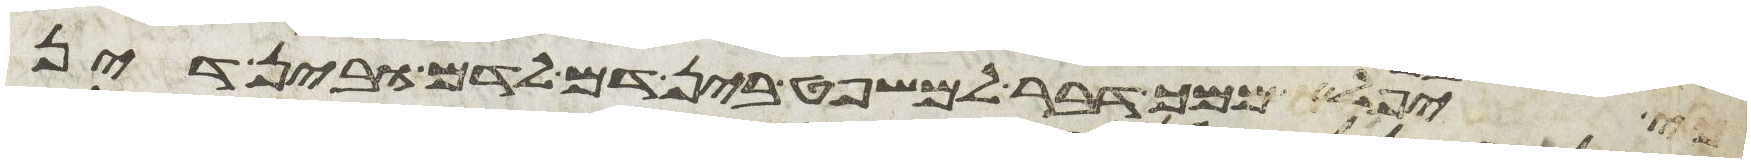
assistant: כי יפלא ממך דבר למשפט בין דם לדם ובין דין